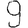
Digit: 9